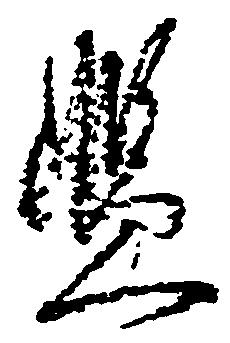
濫